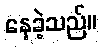
နေခဲ့သည်။